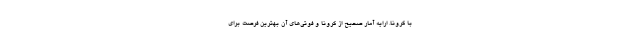
با کرونا. ارایه آمار صحیح از کرونا و فوتی‌های آن بهترین فرصت برای